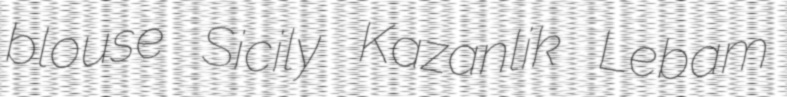
blouse Sicily Kazanlik Lebam